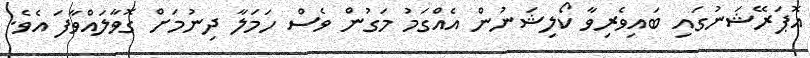
އޮޕަރޭޝަނުގައި ބައިވެރިވާ ކޯލިޝަނުން އެއްގަމު މަގުން ވެސް ހަމަލާ ދިނުމަށް ގޮވާލައްވާފަ އެވެ.